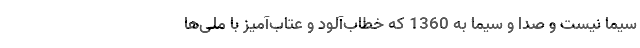
سیما نیست و صدا و سیما به 1360 که خطاب‌آلود و عتاب‌آمیز با ملی‌ها